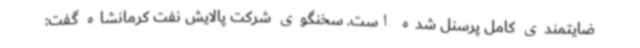
ضایتمندی کامل پرسنل شده است. سخنگوی شرکت پالایش نفت کرمانشاه گفت: